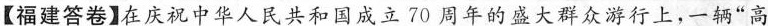
【福建答卷】在庆祝中华人民共和国成立70周年的盛大群众游行上，一辆”高